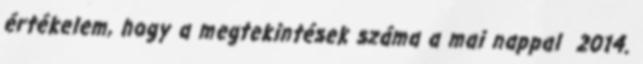
értékelem, hogy a megtekintések száma a mai nappal 2014.